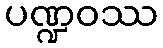
ပဏ္ဍဝဿ